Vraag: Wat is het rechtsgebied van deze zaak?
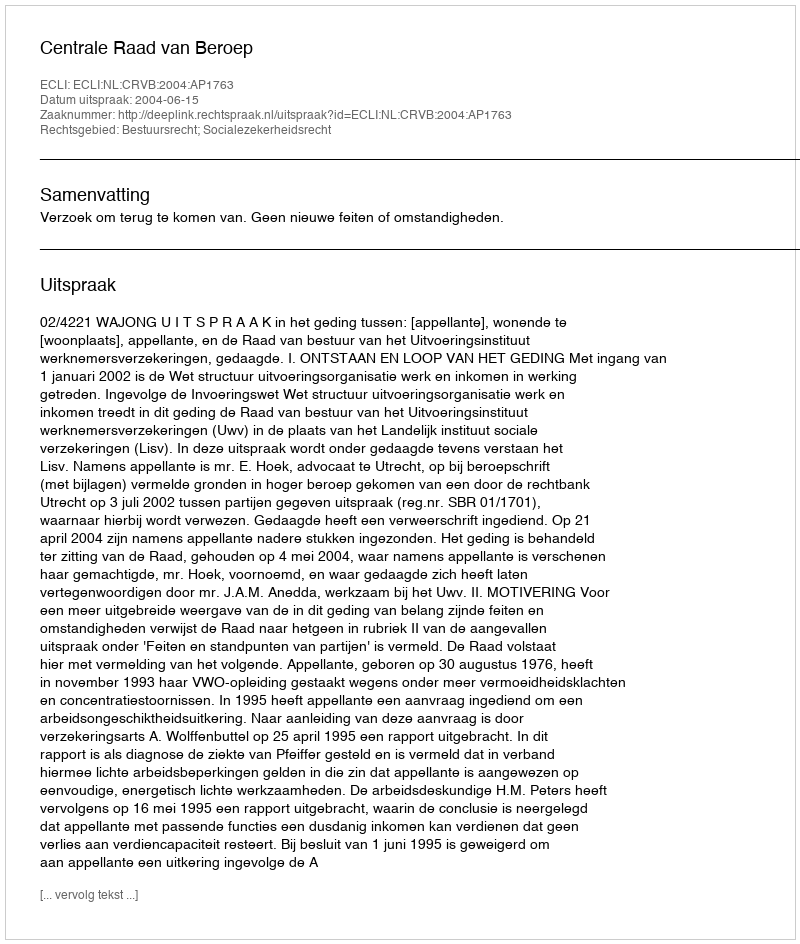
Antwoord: Bestuursrecht; Socialezekerheidsrecht